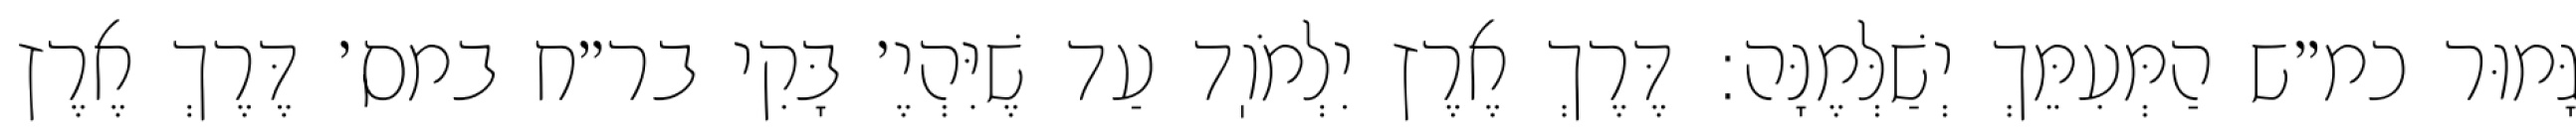
גָּמוּר כמ״ש הַמְּעִמֵּךְ יְשַׁלְּמֶנָּה: דֶּרֶךְ אֶרֶץ יִלְמֹוֽד עַד שֶׁיִּהְיֶ׳ בָּקִי בר״ח במס׳ דֶּרֶךְ אֶרֶץ